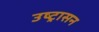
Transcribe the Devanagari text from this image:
उष्ट्रासन